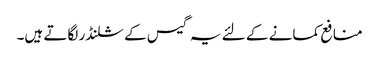
منافع کمانے کے لئے یہ گیس کے سلنڈر لگاتے ہیں۔